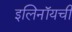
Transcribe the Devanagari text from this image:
इलिनॉयची